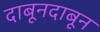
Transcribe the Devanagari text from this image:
दाबूनदाबून